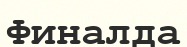
Финалда